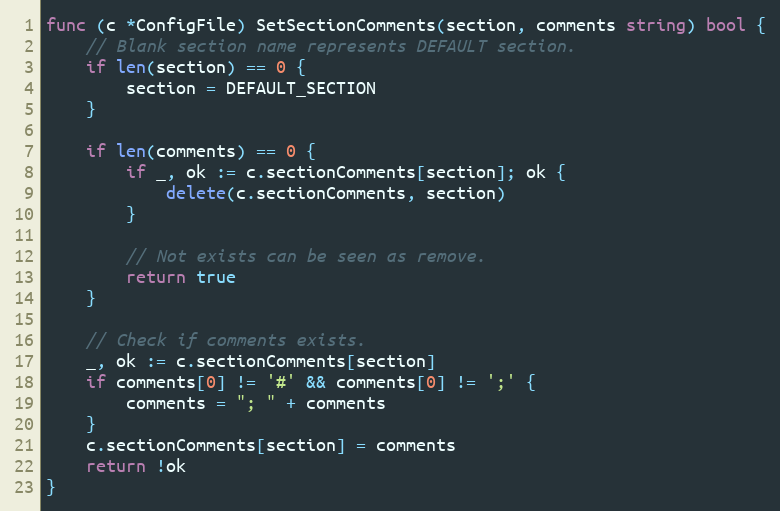
Language: Go
func (c *ConfigFile) SetSectionComments(section, comments string) bool {
	// Blank section name represents DEFAULT section.
	if len(section) == 0 {
		section = DEFAULT_SECTION
	}

	if len(comments) == 0 {
		if _, ok := c.sectionComments[section]; ok {
			delete(c.sectionComments, section)
		}

		// Not exists can be seen as remove.
		return true
	}

	// Check if comments exists.
	_, ok := c.sectionComments[section]
	if comments[0] != '#' && comments[0] != ';' {
		comments = "; " + comments
	}
	c.sectionComments[section] = comments
	return !ok
}